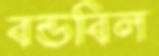
বন্ডবিল